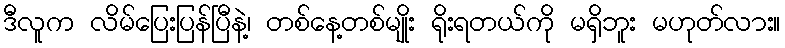
ဒီလူက လိမ်ပြေးပြန်ပြီနဲ့၊ တစ်နေ့တစ်မျိုး ရိုးရတယ်ကို မရှိဘူး မဟုတ်လား။